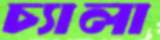
চ্যালা